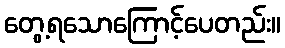
တွေ့ရသောကြောင့်ပေတည်း။